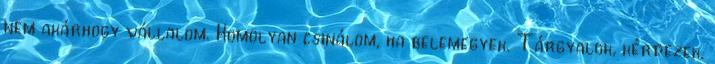
nem akárhogy vállalom. Komolyan csinálom, ha belemegyek. Tárgyalok, kérdezek,